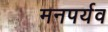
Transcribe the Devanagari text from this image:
मनपर्यव